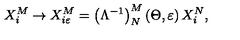
X _ { i } ^ { M } \rightarrow X _ { i \varepsilon } ^ { M } = \left( \Lambda ^ { - 1 } \right) _ { N } ^ { M } \left( \Theta , \varepsilon \right) X _ { i } ^ { N } ,